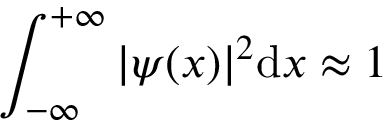
\int _ { - \infty } ^ { + \infty } | \psi ( x ) | ^ { 2 } \mathrm { d } x \approx 1